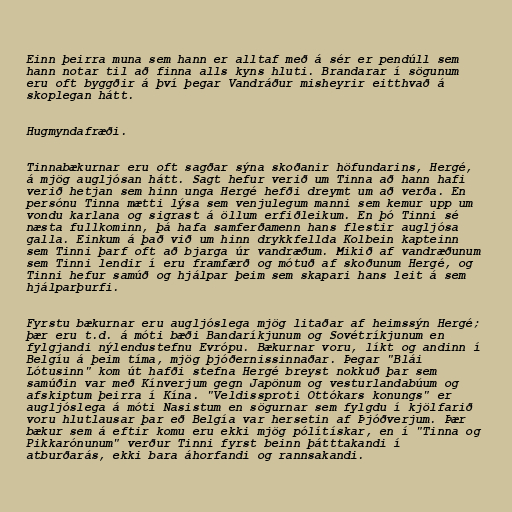
Einn þeirra muna sem hann er alltaf með á sér er pendúll sem
hann notar til að finna alls kyns hluti. Brandarar í sögunum
eru oft byggðir á því þegar Vandráður misheyrir eitthvað á
skoplegan hátt.

Hugmyndafræði.

Tinnabækurnar eru oft sagðar sýna skoðanir höfundarins, Hergé,
á mjög augljósan hátt. Sagt hefur verið um Tinna að hann hafi
verið hetjan sem hinn unga Hergé hefði dreymt um að verða. En
persónu Tinna mætti lýsa sem venjulegum manni sem kemur upp um
vondu karlana og sigrast á öllum erfiðleikum. En þó Tinni sé
næsta fullkominn, þá hafa samferðamenn hans flestir augljósa
galla. Einkum á það við um hinn drykkfellda Kolbein kapteinn
sem Tinni þarf oft að bjarga úr vandræðum. Mikið af vandræðunum
sem Tinni lendir í eru framfærð og mótuð af skoðunum Hergé, og
Tinni hefur samúð og hjálpar þeim sem skapari hans leit á sem
hjálparþurfi.

Fyrstu bækurnar eru augljóslega mjög litaðar af heimssýn Hergé;
þær eru t.d. á móti bæði Bandaríkjunum og Sovétríkjunum en
fylgjandi nýlendustefnu Evrópu. Bækurnar voru, líkt og andinn í
Belgíu á þeim tíma, mjög þjóðernissinnaðar. Þegar "Blái
Lótusinn" kom út hafði stefna Hergé breyst nokkuð þar sem
samúðin var með Kínverjum gegn Japönum og vesturlandabúum og
afskiptum þeirra í Kína. "Veldissproti Ottókars konungs" er
augljóslega á móti Nasistum en sögurnar sem fylgdu í kjölfarið
voru hlutlausar þar eð Belgía var hersetin af Þjóðverjum. Þær
bækur sem á eftir komu eru ekki mjög pólítískar, en í "Tinna og
Pikkarónunum" verður Tinni fyrst beinn þátttakandi í
atburðarás, ekki bara áhorfandi og rannsakandi.